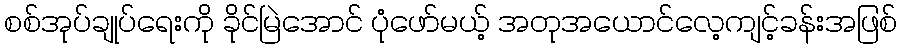
စစ်အုပ်ချုပ်ရေးကို ခိုင်မြဲအောင် ပုံဖော်မယ့် အတုအယောင်လေ့ကျင့်ခန်းအဖြစ်